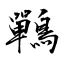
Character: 鷤